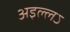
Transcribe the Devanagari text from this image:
अइल्लऽ